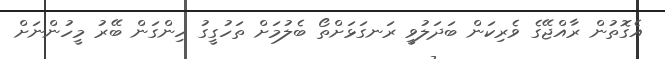
އެގޮތުން ރާއްޖޭގެ ވެރިކަން ބަދަލުވީ ރަނގަޅަށްތޯ ބެލުމަށް ތަހުގީގު ހިންގަން ބޭރު މީހުންނަށް